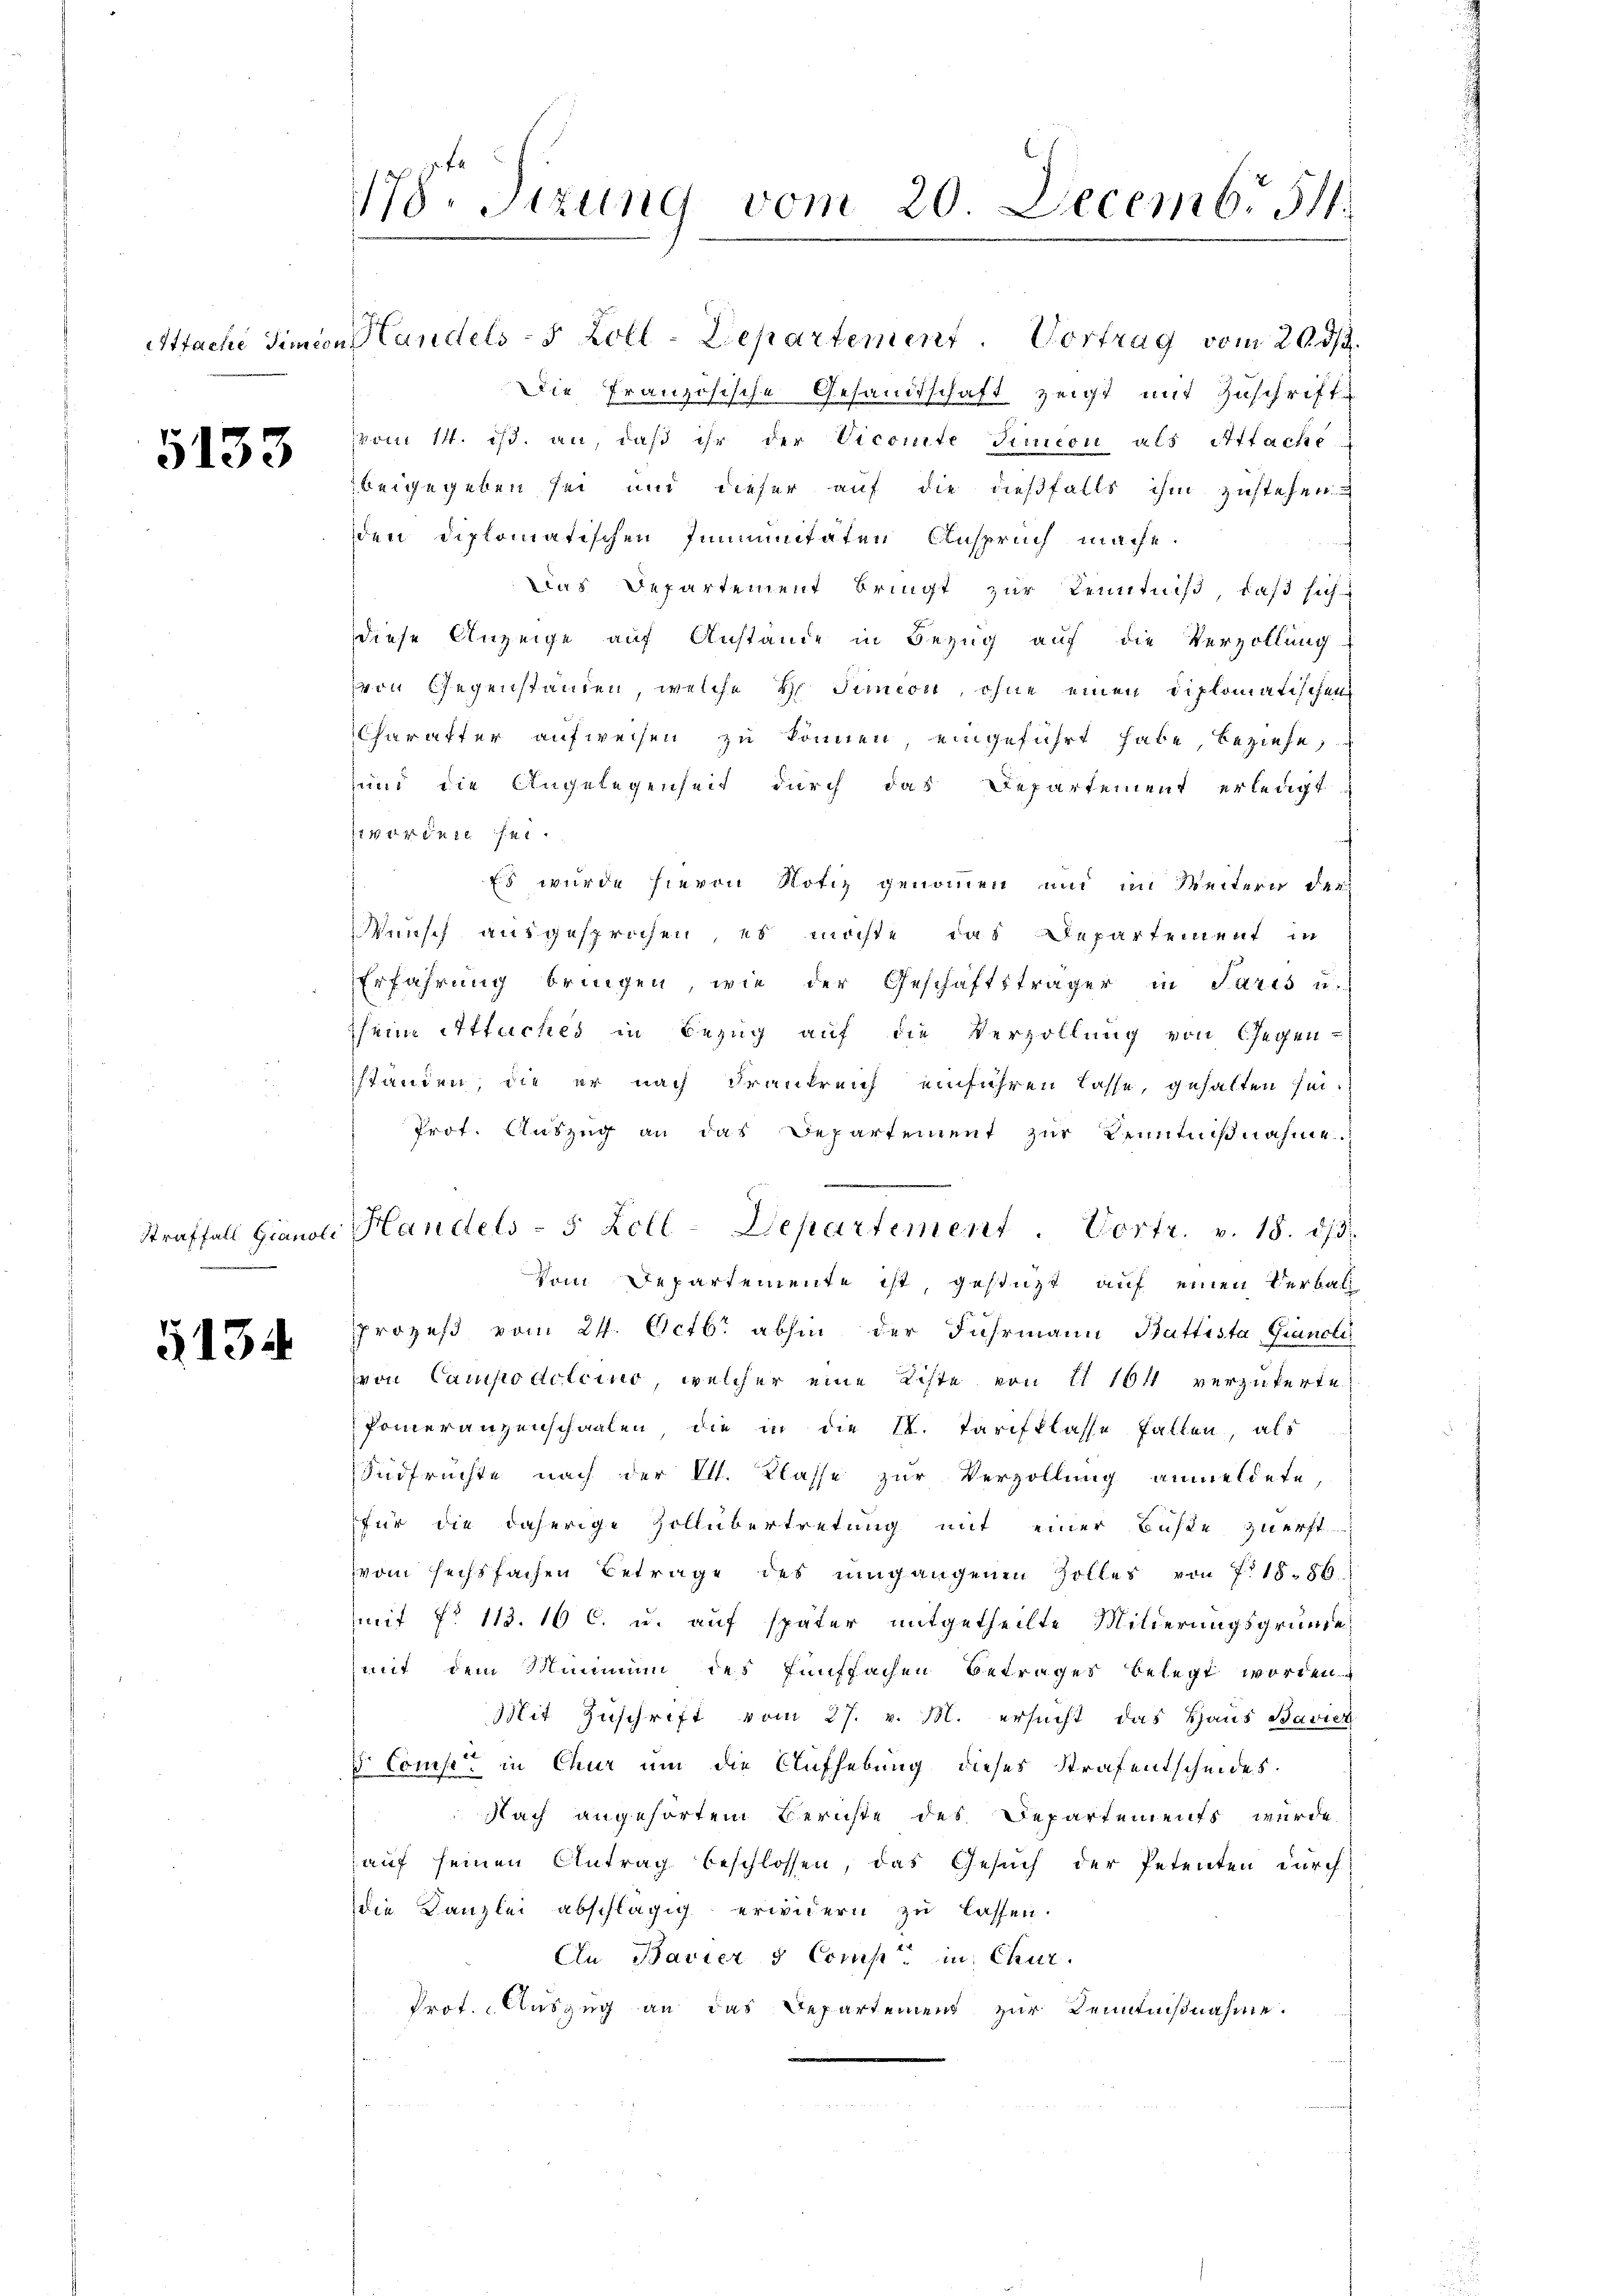
5133

2

5134

178. Sizung vom 20. Decemb. 511.

Atfache Simon Handels- 5 Zoll-Departement. Vortrag vom 20. ds.
Die Französische Gesandtschaft zeigt mit Zuschrift
vom 14. ds. an, daβ ihr der Vicomite Simeon als Itfachs
beigegeben sei und dieser auf die dießfalls ihm zustehen
den Diplomatischen Immunitäten Anspruch mache.
Das Departement bringt zur Kenntniß, daß sich
diese Anzeige auf Anstände in Bezug auf die Verzöllung
von Gegenständen, welche Simeon, ohne einen diplomatischen
Charakter aufweisen zu können, eingeführt habe, beziehe,
sund die Angelegenheit durch das Departement erledigt
sieren sei.
Es wurde hievon Notiz genommen und im Weitern der
Wunsch ausgesprochen, es möchte das Departement in
Erfahrung bringen, wie der Geschäftsträger in Paris u.
seine Attuches in Bezug auf die Verzöllung von Gegen-
ständen, die er nach Frankreich einführen lasse, gehalten sei.
Prof. Aŭszŭg an das Departement zŭr Kenntniβnahme
.
Straffall Gianol Handels- 5 Zoll-Departement . Vortr. v. 18. d.
Vom Departemente ist, gestüzt auf einen Verbalprozeβ vom 24. Octbr abhin der Fuhrmann Büttista Grandle
von Campodolcino, welcher eine Liste von II 101 verzuferte.
Pomeranzenschaalen die in die IV. Tarifklasse fallen, als
Südfrüchte nach der II. Klasse zur Verzöllung anmeldete,
für die daherige Zollübertretung mit einer Büste zuerst
vom sechsfachen Betrage des umgangenen Zolles von 7. 1886.
mit No 113. 10 c. u. auf später mitgetheilte Milderungsgründe,
mit dem Minimum des Fünffachen Betrages belegt worden
Mit Zuschrift vom 27. v. M. ersucht das Haus Bavier
 Const in Chur um die Aufhebung dieses Straf entscheides.
Nach angehörtem Berichte des Departements wurde
aŭf seinen Antrag beschlossen, das Gesŭch der Petenten durch
die Kanzlei abschlägig erwidern zu lassen.
An Bavier & Comp. in Chur
Prot. Auszug an das Departement zur Kenntnißnahme.